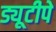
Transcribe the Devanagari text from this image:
ड्यूटीपे